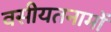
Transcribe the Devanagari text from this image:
वसीयतनामों